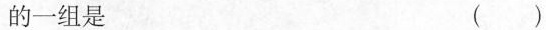
的一组是 ()